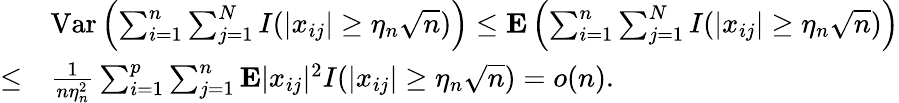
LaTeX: \begin{array}{rl}&{{\mathrm{Var}}\left(\sum_{i=1}^{n}\sum_{j=1}^{N}I(\vert x_{ij}\vert\ge\eta_{n}\sqrt{n})\right)\le{\mathbf E}\left(\sum_{i=1}^{n}\sum_{j=1}^{N}I(\vert x_{ij}\vert\ge\eta_{n}\sqrt{n})\right)}\\ {\le}&{\frac 1{n\eta_{n}^{2}}\sum_{i=1}^{p}\sum_{j=1}^{n}{\mathbf E}\vert x_{ij}\vert^{2}I(\vert x_{ij}\vert\ge\eta_{n}\sqrt{n})=o(n).}\end{array}